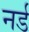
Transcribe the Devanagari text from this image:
नर्ड